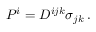
P ^ { i } = D ^ { i j k } \sigma _ { j k } \, .